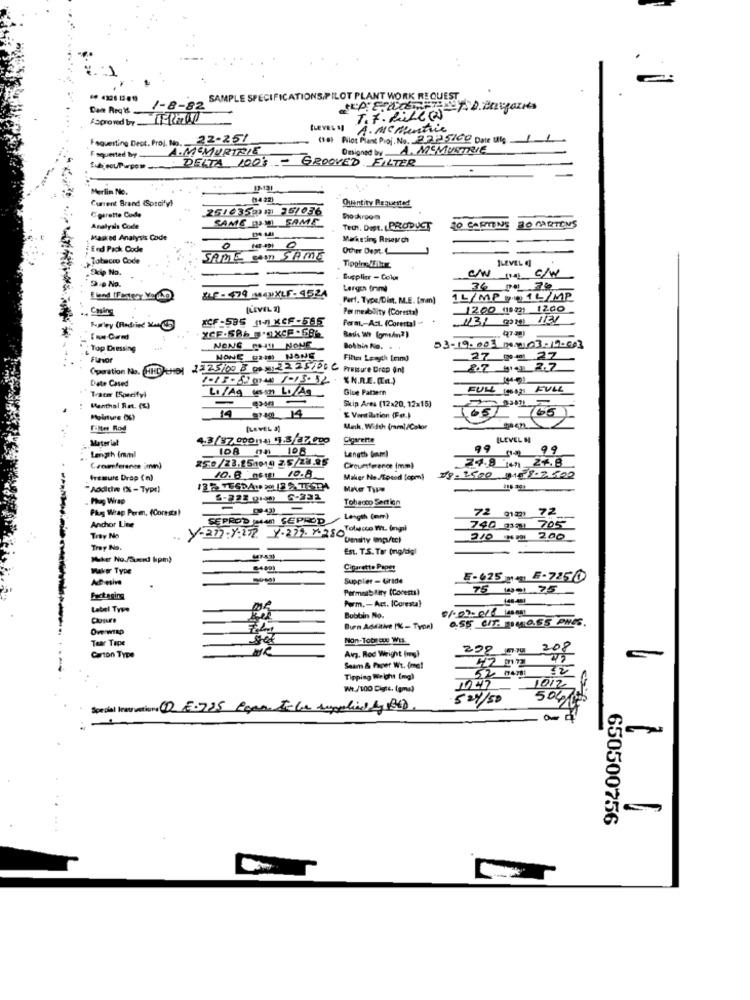
SAMPLE SPECIFICATIONS,PILOT PLANT WORK REQUEST
Dan Reqis
1-8-82
ASprowdby 200
SLEVEL N
A. MC Mentre
Faquesting Dest. Proj. No. 22-251
(16) Pilot Plans Proj. No. 27-2 5/GO Date ulg.
A.MEMURTRIE
Omigned by AMSMURTRIE
F squerted by
fub you/Purpose DELTA 100's
GROOVED FILTER
Merlin No.
Current Brand (Specify!
Quantity Requested
25/635₥₥ 25/036
Cigarette Code
SAME INI SAME
5ochroom
Analysis Code
Tech. Det. PRODUCT
20 CARTONS
30 MARTINS
Masked Analysis Code
Marketing Rnseych
End Pack Code
Other Dept.
Tobacco Code
Tippin: Ifilter
1LEVEL @
Skip No.
C/W
De No.
Supplier - Color
UN ng C/W
Lergch frami
6 pm 70
Part. Type/Dist. M.E. [mm]
L MP 20 1
5 14 MP
[LEVEL 2)
Per meability (Coresta)
1200 (1922) 12.0O
XCF-595 (1) KCF-565
Perm .- Act. (Corertal
1/3/202 1131
Fuatley (Redrind ACC
Top Dressing
NONE Com NONE
Bothin Rio.
53-19.003 3103-10-603
Fühvor
NONE (am) NONE
Filles Length [mm]
27 9m 27
Operation No. HIND CHOI 2:25/00 8 00 x5: 22 25/06 C Pressure Drop In)
27 414 2.7
Date Cased
"N.R.E. (R.)
Glue Pattern
FULL ( FULL
Tracer [Specifyl
-
Skip Ares (12x20, 12x15)
Menthal Ret. (%)
65
765
14 4 14
E Ventilation (Fø.)
Filter Rod
[LEVEL )
Manik, Width (ram)/Calor
Material
4.3/37 0001141 1:3/37.000
Cigarette
ILEVEL H
108 00 108
Length (mm)
99
99
Length (mml
250/23.151014 2.5/28.85
24.8 mm 24.8
Cromference imn)
Circumference (mm)
fremure Drap (a)
10. 6 06111 10:8
Maker No.Spend [opmn)
08. 2500+1 8.7 500
"Aoditiwe (% - Type)
. Phag Wrap
6-323 gin 6-232
Tobacco Section
Plug Wrap Perm. (Consta!
-
72 mm 72
Anchor Line
SEPROD Juan SEPROD
Length (mm)
740 2121 705-
Tray No
Y-277- y:272 Y-279. 7.280
Density enps/tc!
2106 PM1 200
Tray No.
Est. T.S. Tar (ng/dig!
Maker Type
Cigarette Paper
Adhesive
Supplier- Grade
5-625m- F-7250
Permetbliry (Corests)
75 Wa1 75
Factaging
Porm. - Act. (Coresta)
Label Type
Clojure
Bobbin No.
O.S5 CIT. mMOSS PHES.
Ow wisp
Buen Additive [% - Type)
Tear Tepe
get
get
Non-Tobleue WEs.
Avz. Rod Weight (mg)
208
Carton Type
42
Seam & Paper Wt. (me!
Tipping Weight (mg)
52 man
1012-
We./100 Digst, (gma)
1047
5 24/50
504
Special Instructions (1) E.725 Rgan Tele supplied by 34).
650500756